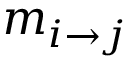
m _ { i \to j }